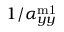
1 / \alpha _ { y y } ^ { \mathrm { m 1 } }